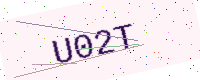
Text: U02T